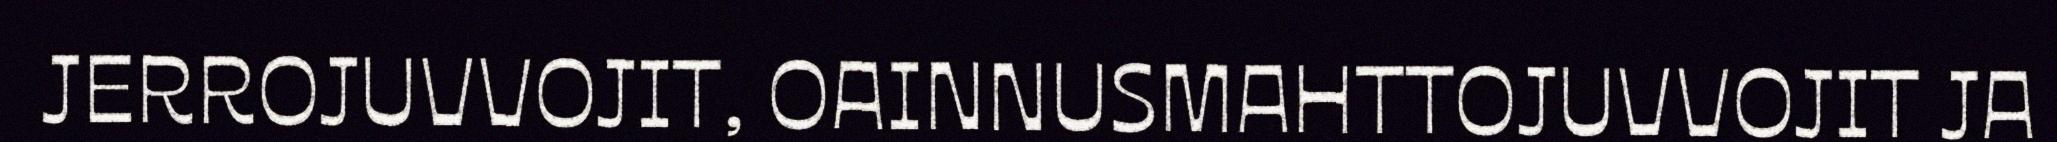
JERROJUVVOJIT, OAINNUSMAHTTOJUVVOJIT JA